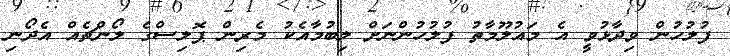
ފުލުހުން ވިދާޅުވީ އެ މައުލޫމާތު ފުލުހުންނަށް ލިބުމާއެކު މެރިން ޕޮލިސްގެ ލޯންޗެއް އެދޯނި